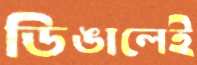
ডিঙালেই